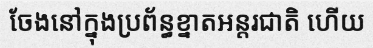
ចែងនៅក្នុងប្រព័ន្ធខ្នាតអន្តរជាតិ ហើយ